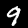
Label: 9